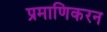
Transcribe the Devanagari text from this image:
प्रमाणिकरन